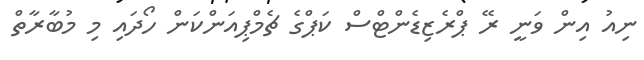
ނިއު އިން ވަނީ ރޭ ޕްރެޒިޑެންޓްސް ކަޕްގެ ޗެމްޕިއަންކަން ހޯދައި މި މުބާރާތް